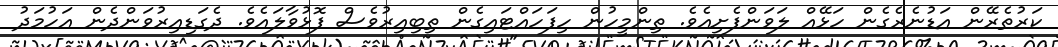
ކަރުތެރޭން އަޑުނެރެގެން ހަޅޭއް ލަވަންފެށިއެވެ. ތިންމީހުން ހިފަހައްޓައިގެން ތިބިއިރުވެސް ފޮޅުވާލައެވެ. ދެގަޑިއިރުވަންދެން އަހުމަދު